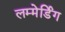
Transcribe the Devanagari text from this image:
लम्मेर्डिंग